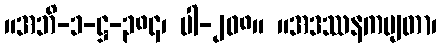
။အဘိ-၁-ဋ္ဌ-၃၈၄၊ ပါ-၂၀၈။ ။အဒဿနကမျတာ၊